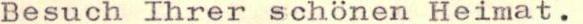
Besuch Threr schönen Heimat.